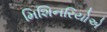
મિશિનરિયોએ